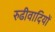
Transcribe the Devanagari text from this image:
रुढीवादियों